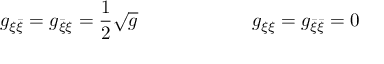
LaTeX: g _ { \xi \bar { \xi } } = g _ { \bar { \xi } \xi } = { \frac { 1 } { 2 } } \sqrt { g } \qquad \qquad \qquad g _ { \xi \xi } = g _ { \bar { \xi } \bar { \xi } } = 0